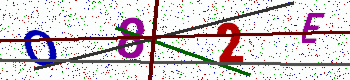
Text: O82E